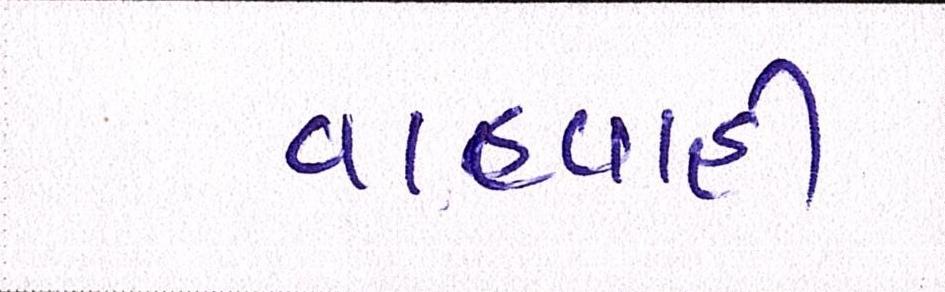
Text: વાહવાહી